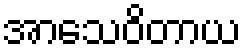
အာသေဝိတာယ